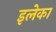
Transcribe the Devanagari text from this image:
इलेका